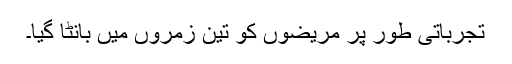
تجرباتی طور پر مریضوں کو تین زمروں میں بانٹا گیا۔